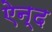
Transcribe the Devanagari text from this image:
ऐन्द